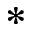
\ast